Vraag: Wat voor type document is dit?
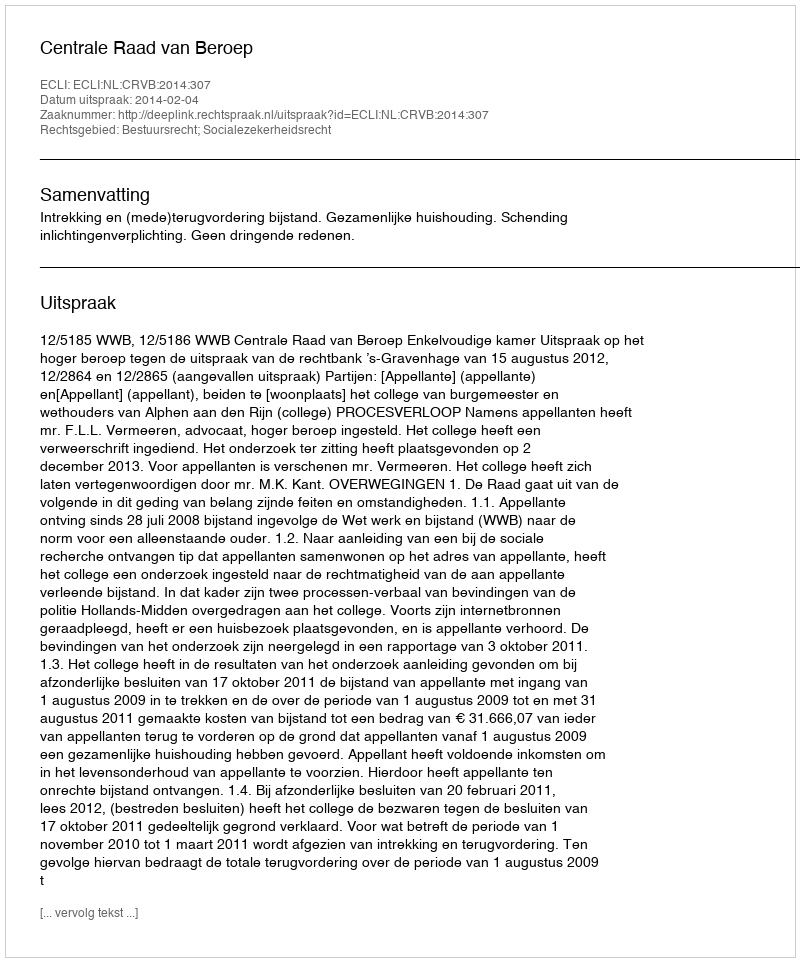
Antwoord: Uitspraak